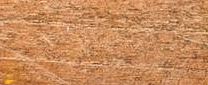
الكمية محدودة